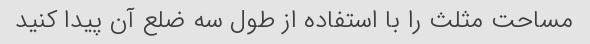
مساحت مثلث را با استفاده از طول سه ضلع آن پیدا کنید